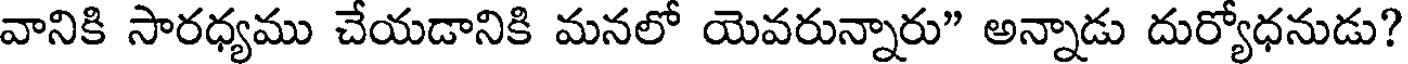
వానికి సారధ్యము చేయడానికి మనలో యెవరున్నారు" అన్నాడు దుర్యోధనుడు?